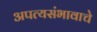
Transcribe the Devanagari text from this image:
अपत्यसंभावाचे